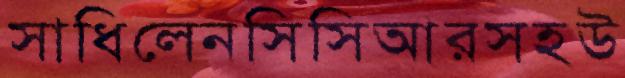
সাধিলেনসিসিআরসহউ